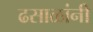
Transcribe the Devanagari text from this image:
ढसाळांनी